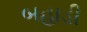
બહાડી